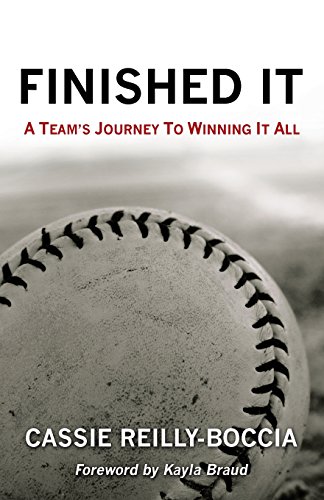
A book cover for Finished It: A Team's Journey to Winning It All; Cassie Reilly-Boccia; Sports & Outdoors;